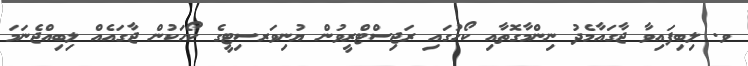
ވ. ލިބިފައިވާ ޖާގައާމެދު ނިންމާގޮތާއި ކޯހުގައި ރަޖިސްޓްރީވުން ޔުނިވަރސިޓީގެ ކޯހަކުން ޖާގައެއް ލިބިއްޖެނަމަ